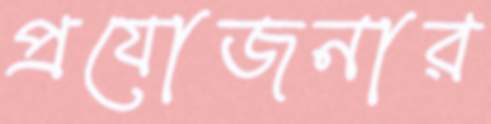
প্রযোজনার